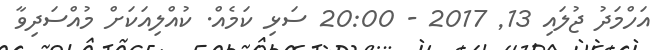
އަހްމަދު ޖުލައި 13